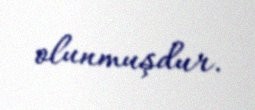
olunmuşdur.